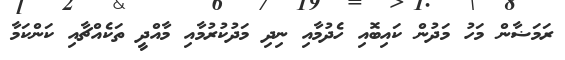
ރަމަޟާން މަހު މަދުން ކައިބޮއި ހެދުމާއި ނިދި މަދުކުރުމާއި މާއްދީ ތަކެއްޗާއި ކަންކަމާ